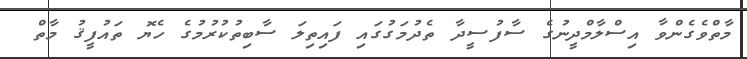
މާތްވެގެންވާ އިސްލާމްދީނުގެ ސާފުސީދާ ތެދުމަގުގައި ފައިތިލަ ސާބިތުކުރުމުގެ ހެޔޮ ތައުފީޤު މާތް